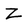
Character: Z